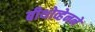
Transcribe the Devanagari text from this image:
बीथोव्हेनने